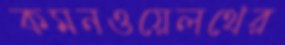
কমনওয়েলথের